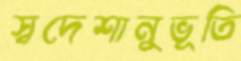
স্বদেশানুভূতি